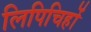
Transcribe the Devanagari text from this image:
लिपिचिहों